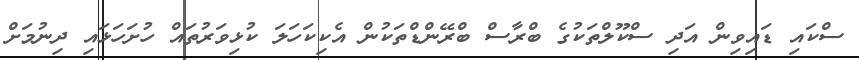
ސްކައި ޑައިވިން އަދި ސްކޫލްތަކުގެ ބްރާސް ބްރޭންޑްތަކުން އެކިކަހަލަ ކުޅިވަރުތައް ހުށަހަޅައި ދިނުމަށް